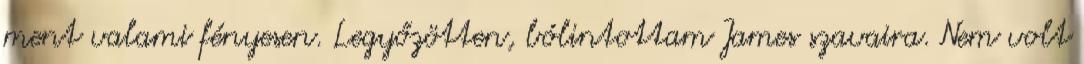
ment valami fényesen. Legyőzötten, bólintottam James szavaira. Nem volt